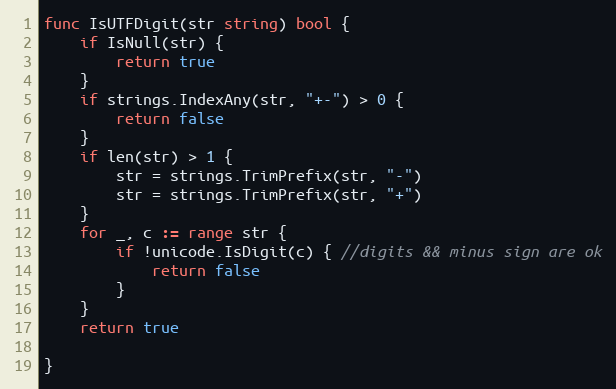
Language: Go
func IsUTFDigit(str string) bool {
	if IsNull(str) {
		return true
	}
	if strings.IndexAny(str, "+-") > 0 {
		return false
	}
	if len(str) > 1 {
		str = strings.TrimPrefix(str, "-")
		str = strings.TrimPrefix(str, "+")
	}
	for _, c := range str {
		if !unicode.IsDigit(c) { //digits && minus sign are ok
			return false
		}
	}
	return true

}